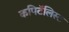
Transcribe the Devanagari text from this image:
कपिटॅलिस्ट